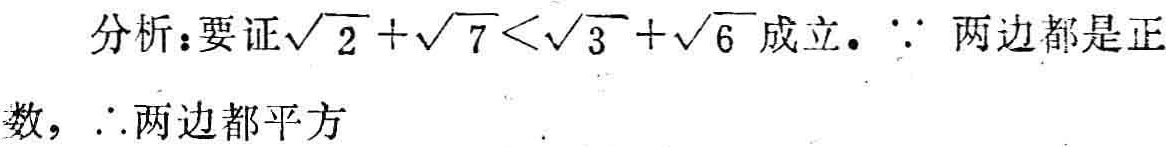
分析：要证\(\sqrt{2}+\sqrt{7}<\sqrt{3}+\sqrt{6}\)成立。\(\because\) 两边都是正数，\(\therefore\)两边都平方